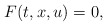
\begin{align*} {F}(t,x,u) = 0, \end{align*}